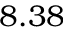
8 . 3 8